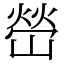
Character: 嵤